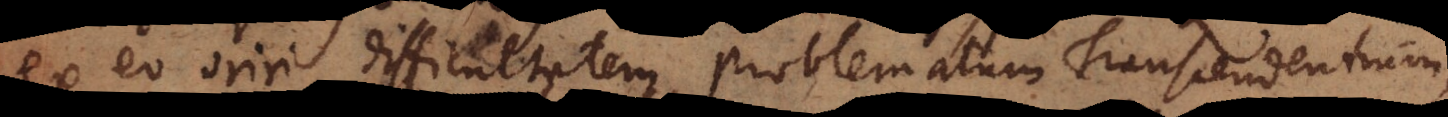
ex eo oriri difficultatem problematum Transcendentium,